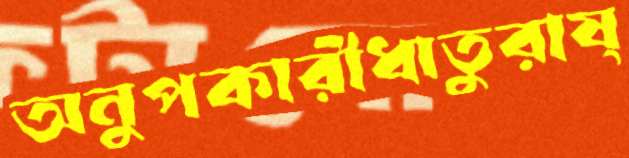
অনুপকারীধাতুরাষ্